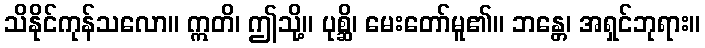
သိနိုင်ကုန်သလော။ ဣတိ၊ ဤသို့။ ပုစ္ဆိ၊ မေးတော်မူ၏။ ဘန္တေ၊ အရှင်ဘုရား။